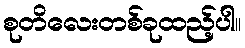
စုတိလေးတစ်ခုထည့်ပါ။